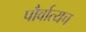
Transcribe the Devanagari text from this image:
पौर्वात्यच